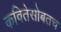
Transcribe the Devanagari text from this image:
कवितेसोबतच